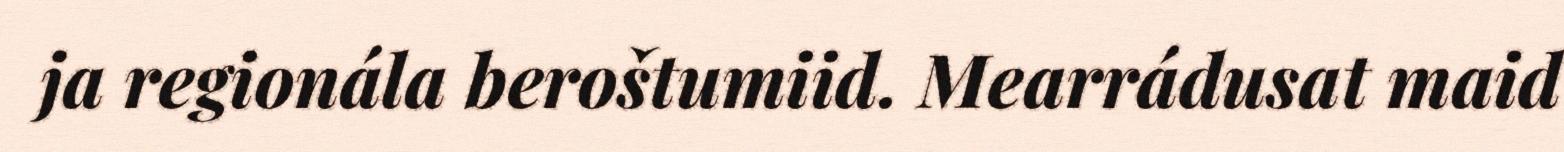
ja regionála beroštumiid. Mearrádusat maid